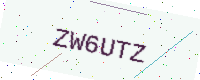
Text: ZW6UTZ